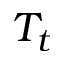
T _ { t }